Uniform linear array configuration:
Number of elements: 48
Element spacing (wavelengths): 1
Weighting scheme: hamming
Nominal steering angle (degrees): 45
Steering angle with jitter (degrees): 46.492
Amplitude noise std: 0.05
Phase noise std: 0.05

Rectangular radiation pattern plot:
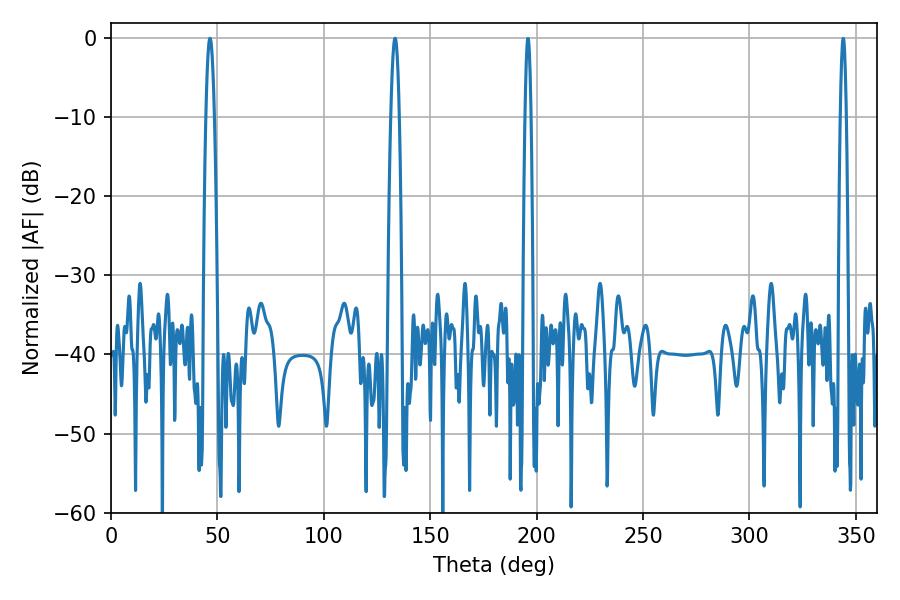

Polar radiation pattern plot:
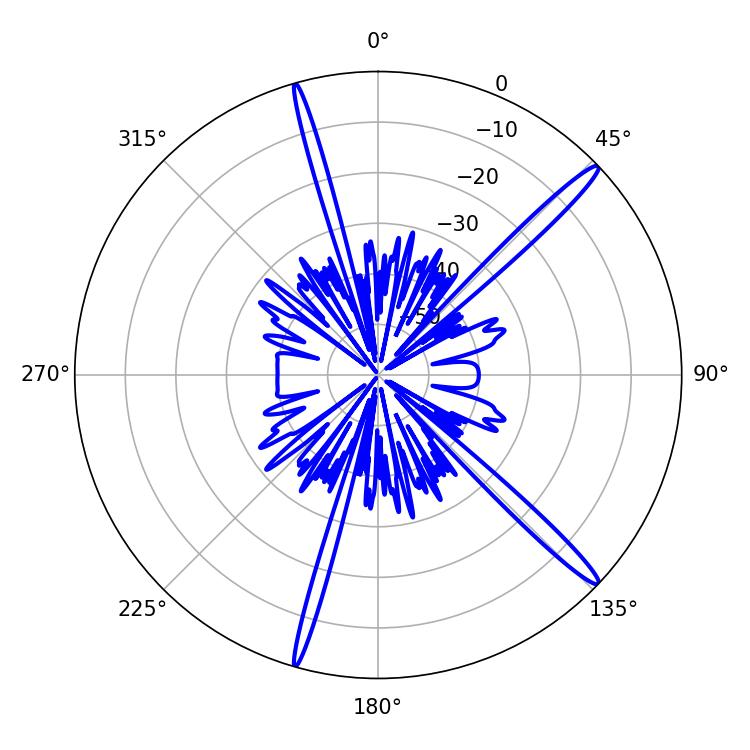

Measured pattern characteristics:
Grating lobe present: TRUE
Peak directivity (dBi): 16.525
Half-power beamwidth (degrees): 1.98
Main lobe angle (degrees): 46.44